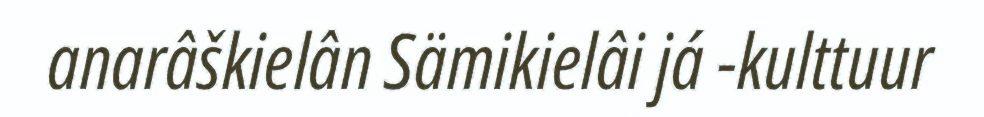
anarâškielân Sämikielâi já -kulttuur